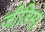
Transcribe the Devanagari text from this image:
जीडिमा